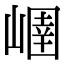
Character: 𡻢